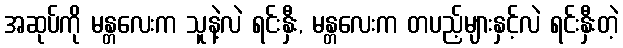
အဆုပ်ကို မန္တလေးက သူနဲ့လဲ ရင်းနှီး, မန္တလေးက တပည့်များနှင့်လဲ ရင်းနှီးတဲ့